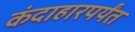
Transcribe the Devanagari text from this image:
कंदाहारपर्यंत